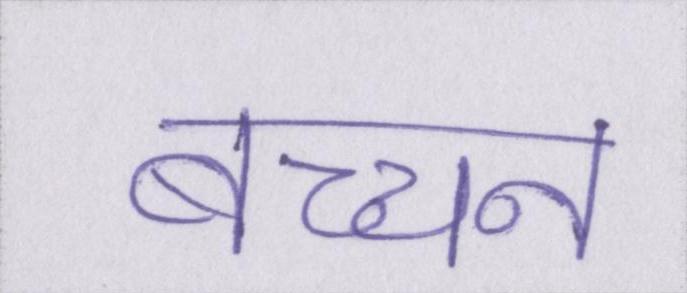
बच्चन